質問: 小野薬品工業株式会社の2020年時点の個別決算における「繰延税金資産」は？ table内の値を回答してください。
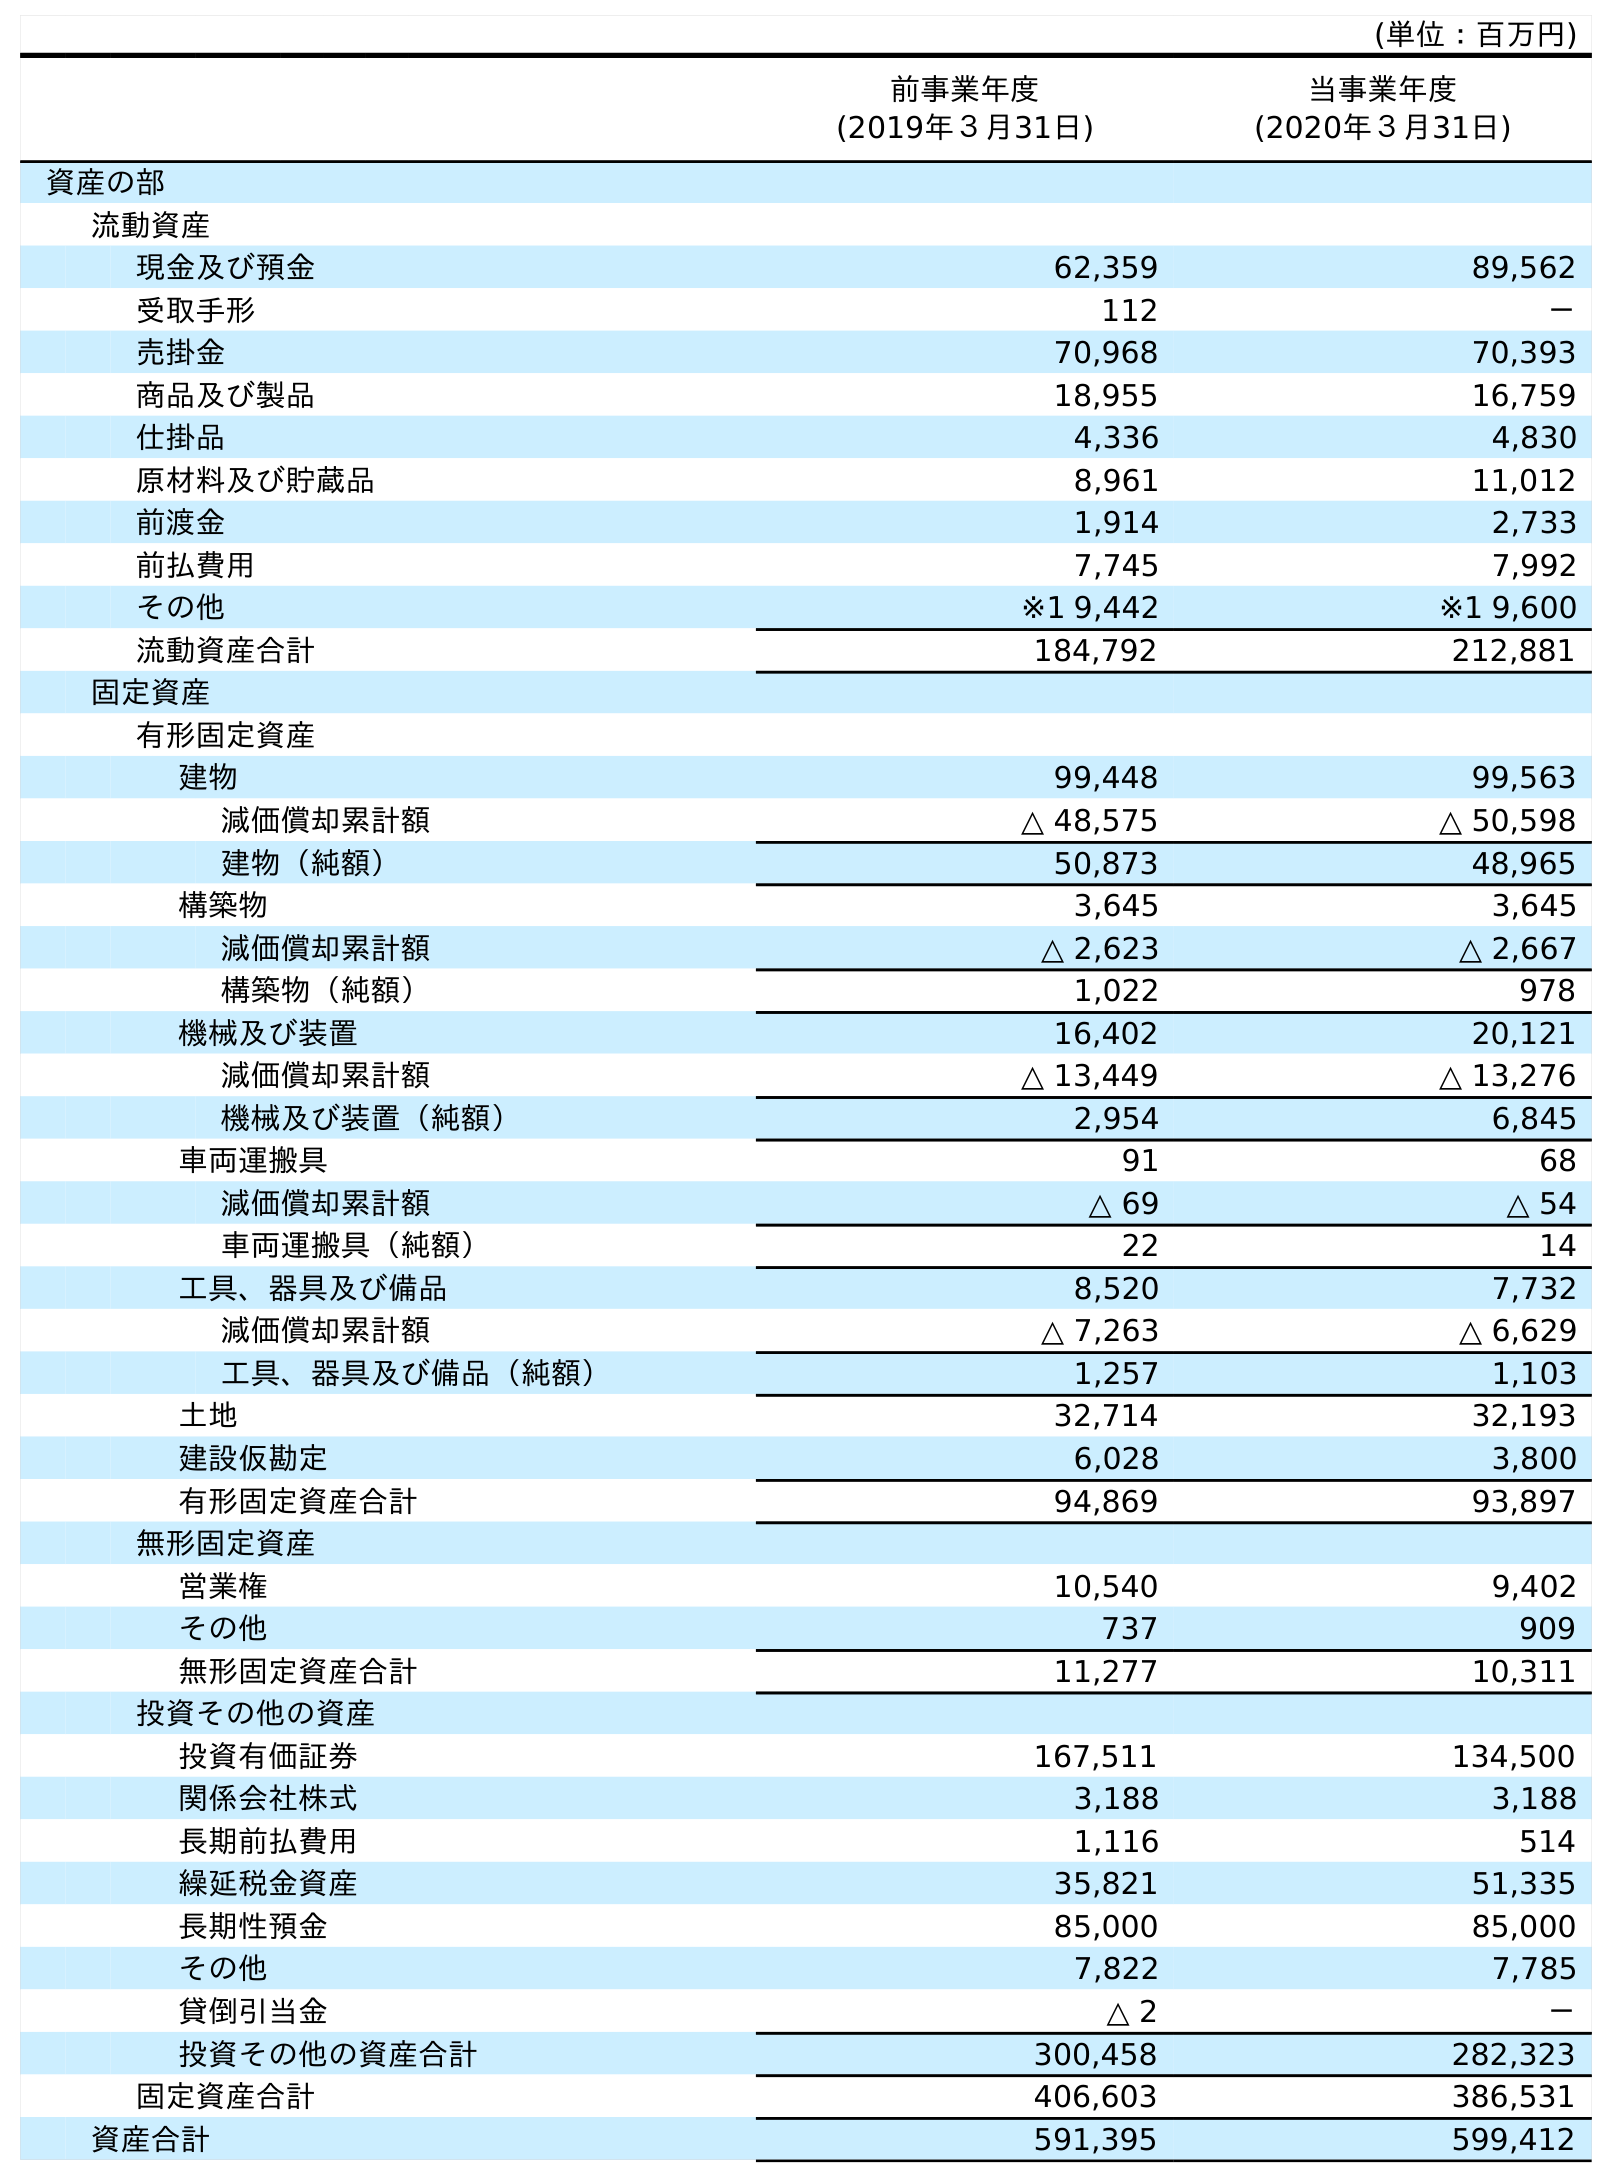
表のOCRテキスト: (単位：百万円) 前事業年度 (2019年３月31日) 当事業年度 (2020年３月31日) 資産の部 流動資産 現金及び預金 62,359 89,562 受取手形 112 － 売掛金 70,968 70,393 商品及び製品 18,955 16,759 仕掛品 4,336 4,830 原材料及び貯蔵品 8,961 11,012 前渡金 1,914 2,733 前払費用 7,745 7,992 その他 ※1 9,442 ※1 9,600 流動資産合計 184,792 212,881 固定資産 有形固定資産 建物 99,448 99,563 減価償却累計額 △ 48,575 △ 50,598 建物（純額） 50,873 48,965 構築物 3,645 3,645 減価償却累計額 △ 2,623 △ 2,667 構築物（純額） 1,022 978 機械及び装置 16,402 20,121 減価償却累計額 △ 13,449 △ 13,276 機械及び装置（純額） 2,954 6,845 車両運搬具 91 68 減価償却累計額 △ 69 △ 54 車両運搬具（純額） 22 14 工具、器具及び備品 8,520 7,732 減価償却累計額 △ 7,263 △ 6,629 工具、器具及び備品（純額） 1,257 1,103 土地 32,714 32,193 建設仮勘定 6,028 3,800 有形固定資産合計 94,869 93,897 無形固定資産 営業権 10,540 9,402 その他 737 909 無形固定資産合計 11,277 10,311 投資その他の資産 投資有価証券 167,511 134,500 関係会社株式 3,188 3,188 長期前払費用 1,116 514 繰延税金資産 35,821 51,335 長期性預金 85,000 85,000 その他 7,822 7,785 貸倒引当金 △ 2 － 投資その他の資産合計 300,458 282,323 固定資産合計 406,603 386,531 資産合計 591,395 599,412
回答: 51,335